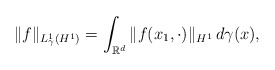
\begin{align*}\|f\|_{L^1_{\gamma}(H^1)}=\int_{\mathbb{R}^d}\|f(x_1,\cdot)\|_{H^1}\,d\gamma(x),\end{align*}